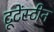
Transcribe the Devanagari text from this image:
टूटेंस्टीन